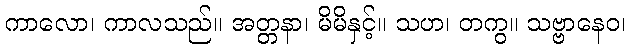
ကာလော၊ ကာလသည်။ အတ္တနာ၊ မိမိနှင့်။ သဟ၊ တကွ။ သဗ္ဗာနေဝ၊